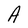
Character: A